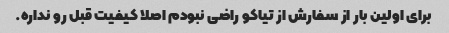
برای اولین بار از سفارش از تیاکو راضی نبودم اصلا کیفیت قبل رو نداره.